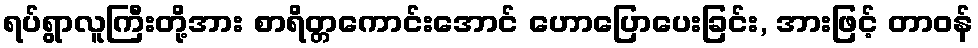
ရပ်ရွာလူကြီးတို့အား စာရိတ္တကောင်းအောင် ဟောပြောပေးခြင်း, အားဖြင့် တာဝန်